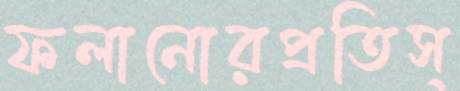
ফলানোরপ্রতিস্